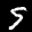
Label: 5